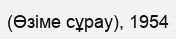
(Өзіме сұрау), 1954